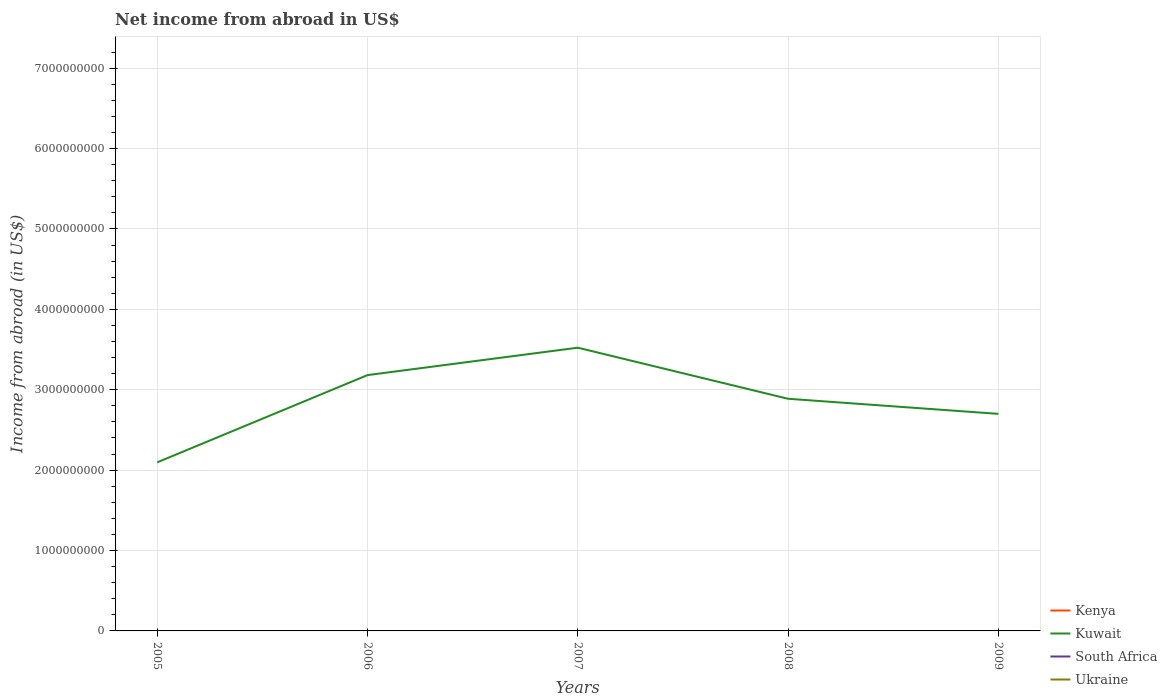
| Years | Kenya | Kuwait | South Africa | Ukraine |
 | --- | --- | --- | --- | --- |
 | 2005 | -4.68e+08 | 2.1e+09 | -3.14e+10 | -5.05e+09 |
 | 2006 | -5.05e+09 | 3.18e+09 | -3.48e+10 | -8.7e+09 |
 | 2007 | -9.71e+09 | 3.52e+09 | -6.88e+10 | -1.07e+10 |
 | 2008 | -2.19e+09 | 2.89e+09 | -7.39e+10 | -8.11e+09 |
 | 2009 | -3.45e+09 | 2.7e+09 | -5.62e+10 | -1.9e+10 |